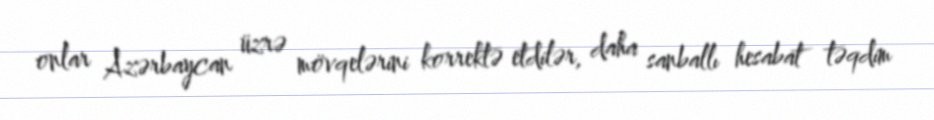
onlar Azərbaycan üzrə mövqelərini korrektə etdilər, daha sanballı hesabat təqdim